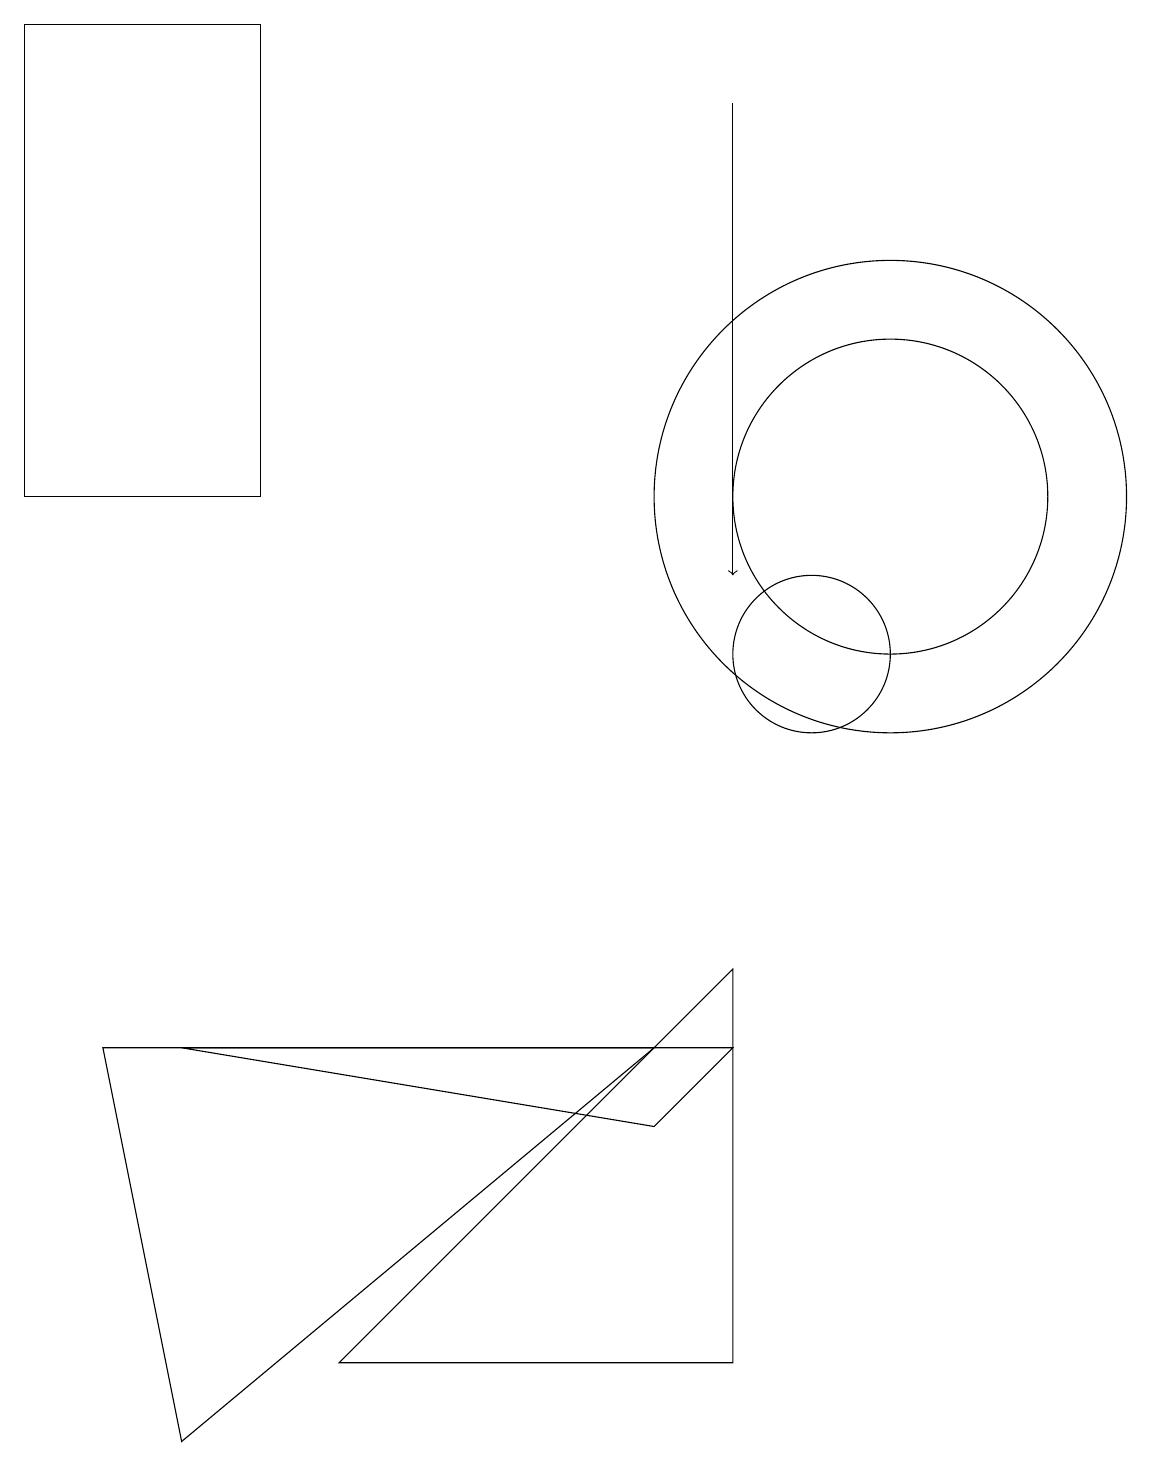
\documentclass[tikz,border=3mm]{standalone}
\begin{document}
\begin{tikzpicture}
\draw[->] (9,17) -- (9,11);
\draw (9,6) -- (4,1) -- (9,1) -- cycle;
\draw (11,12) circle (3);
\draw (3,18) rectangle (0,12);
\draw (10,10) circle (1);
\draw (9,5) -- (2,5) -- (8,4) -- cycle;
\draw (8,5) -- (1,5) -- (2,0) -- cycle;
\draw (11,12) circle (2);
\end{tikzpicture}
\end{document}